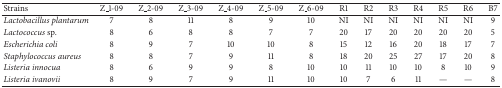
<table><thead><tr><td><b>Strains</b></td><td><b>Z_1-09</b></td><td><b>Z_2-09</b></td><td><b>Z_3-09</b></td><td><b>Z_4-09</b></td><td><b>Z_5-09</b></td><td><b>Z_6-09</b></td><td><b>R1</b></td><td><b>R2</b></td><td><b>R3</b></td><td><b>R4</b></td><td><b>R5</b></td><td><b>R6</b></td><td><b>B7</b></td></tr></thead><tbody><tr><td><i>Lactobacillus plantarum </i></td><td>7</td><td>8</td><td>11</td><td>8</td><td>9</td><td>10</td><td>NI</td><td>NI</td><td>NI</td><td>NI</td><td>NI</td><td>NI</td><td>9</td></tr><tr><td><i>Lactococcus</i> sp.</td><td>8</td><td>6</td><td>8</td><td>8</td><td>7</td><td>7</td><td>20</td><td>17</td><td>20</td><td>20</td><td>20</td><td>20</td><td>5</td></tr><tr><td><i>Escherichia coli </i></td><td>8</td><td>9</td><td>7</td><td>10</td><td>10</td><td>8</td><td>15</td><td>12</td><td>16</td><td>20</td><td>18</td><td>17</td><td>7</td></tr><tr><td><i>Staphylococcus aureus </i></td><td>8</td><td>8</td><td>7</td><td>9</td><td>11</td><td>8</td><td>18</td><td>20</td><td>25</td><td>27</td><td>17</td><td>20</td><td>8</td></tr><tr><td><i>Listeria innocua </i></td><td>8</td><td>6</td><td>9</td><td>9</td><td>8</td><td>10</td><td>10</td><td>11</td><td>10</td><td>10</td><td>8</td><td>10</td><td>9</td></tr><tr><td><i>Listeria ivanovii </i></td><td>8</td><td>9</td><td>7</td><td>9</td><td>11</td><td>10</td><td>10</td><td>7</td><td>6</td><td>11</td><td>—</td><td>—</td><td>8</td></tr></tbody></table>